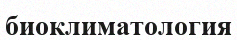
биоклиматология